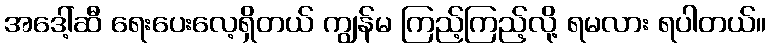
အဒေါ့်ဆီ ရေးပေးလေ့ရှိတယ် ကျွန်မ ကြည့်ကြည့်လို့ ရမလား ရပါတယ်။